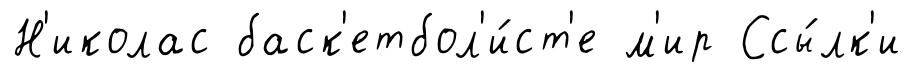
Н'иколас баск'етбол'и́ст'е м'ир Ссы́лк'и